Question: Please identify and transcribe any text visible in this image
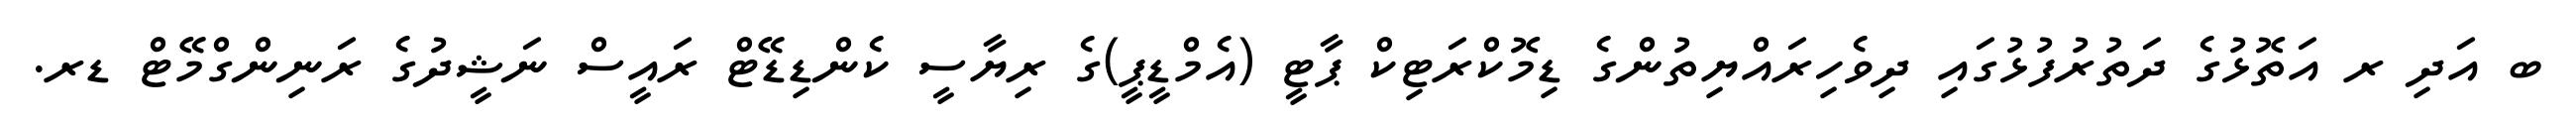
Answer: ބ އަދި ރ އަތޮޅުގެ ދަތުރުފުޅުގައި ދިވެހިރައްޔިތުންގެ ޑިމޮކްރަޓިކް ޕާޓީ (އެމްޑީޕީ)ގެ ރިޔާސީ ކެންޑިޑޭޓް ރައީސް ނަޝީދުގެ ރަނިންގްމޭޓް ޑރ.